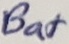
Text: Bat